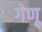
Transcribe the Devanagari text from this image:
गेणू